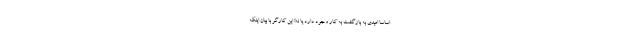
اساساً امیدی به بازگشت به کار وجود دارد یا نه! این کارگر با بیان اینکه